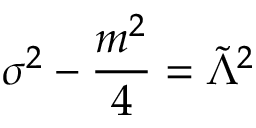
\sigma ^ { 2 } - \frac { m ^ { 2 } } { 4 } = \tilde { \Lambda } ^ { 2 }